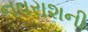
નવરાશની